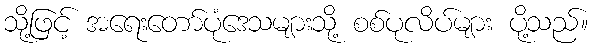
သို့ဖြင့် အရေးတော်ပုံဒေသများသို့ စစ်ပုလိပ်များ ပို့သည်။